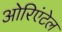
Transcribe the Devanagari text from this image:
ओरिएंटेल